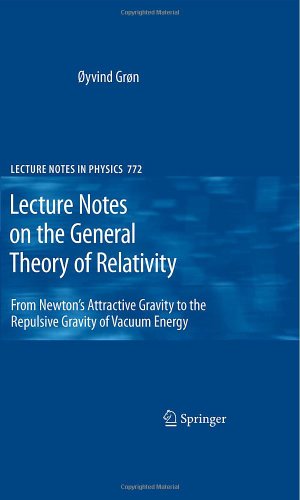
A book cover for Lecture Notes on the General Theory of Relativity: From Newton's Attractive Gravity to the Repulsive Gravity of Vacuum Energy (Lecture Notes in Physics); ÃEyvind GrÃ¸n; Science & Math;